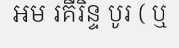
អម រគីរិន្ទ បូរ ( ឬ